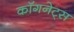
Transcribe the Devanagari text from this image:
कॉगनेट्स